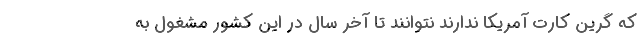
که گرین کارت آمریکا ندارند نتوانند تا آخر سال در این کشور مشغول به